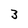
Character: 3